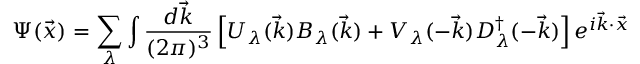
\Psi ( \vec { x } ) = \sum _ { \lambda } \int \frac { d \vec { k } } { ( 2 \pi ) ^ { 3 } } \left[ U _ { \lambda } ( \vec { k } ) B _ { \lambda } ( \vec { k } ) + V _ { \lambda } ( - \vec { k } ) D _ { \lambda } ^ { \dagger } ( - \vec { k } ) \right] e ^ { i \vec { k } \cdot \vec { x } }